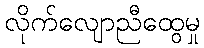
လိုက်လျောညီထွေမှု